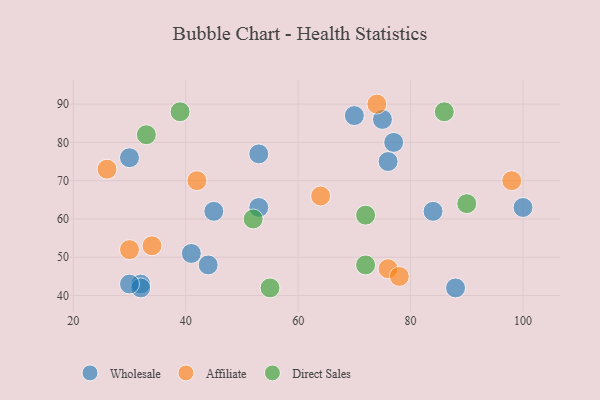
{"axis": {"x": "GDP", "y": "Life Expectancy"}, "legend": ["Affiliate", "Direct Sales", "Wholesale"], "data": [{"x": "32", "y": 43, "type": "Wholesale"}, {"x": "75", "y": 86, "type": "Wholesale"}, {"x": "45", "y": 62, "type": "Wholesale"}, {"x": "70", "y": 87, "type": "Wholesale"}, {"x": "76", "y": 75, "type": "Wholesale"}, {"x": "41", "y": 51, "type": "Wholesale"}, {"x": "30", "y": 76, "type": "Wholesale"}, {"x": "32", "y": 42, "type": "Wholesale"}, {"x": "88", "y": 42, "type": "Wholesale"}, {"x": "44", "y": 48, "type": "Wholesale"}, {"x": "53", "y": 63, "type": "Wholesale"}, {"x": "53", "y": 77, "type": "Wholesale"}, {"x": "100", "y": 63, "type": "Wholesale"}, {"x": "77", "y": 80, "type": "Wholesale"}, {"x": "84", "y": 62, "type": "Wholesale"}, {"x": "30", "y": 43, "type": "Wholesale"}, {"x": "76", "y": 47, "type": "Affiliate"}, {"x": "98", "y": 70, "type": "Affiliate"}, {"x": "30", "y": 52, "type": "Affiliate"}, {"x": "34", "y": 53, "type": "Affiliate"}, {"x": "26", "y": 73, "type": "Affiliate"}, {"x": "64", "y": 66, "type": "Affiliate"}, {"x": "42", "y": 70, "type": "Affiliate"}, {"x": "78", "y": 45, "type": "Affiliate"}, {"x": "74", "y": 90, "type": "Affiliate"}, {"x": "52", "y": 60, "type": "Direct Sales"}, {"x": "39", "y": 88, "type": "Direct Sales"}, {"x": "72", "y": 61, "type": "Direct Sales"}, {"x": "72", "y": 48, "type": "Direct Sales"}, {"x": "33", "y": 82, "type": "Direct Sales"}, {"x": "55", "y": 42, "type": "Direct Sales"}, {"x": "90", "y": 64, "type": "Direct Sales"}, {"x": "86", "y": 88, "type": "Direct Sales"}]}